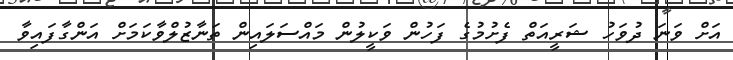
އަށް ވަނަ ދުވަހު ޝަރީއަތް ފެށުމުގެ ފަހުން ވަކީލުން މައްސަލައިން ތަނާޒުލްވާކަމަށް އަންގާފައިވާ